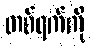
တစ်ရက်ကို